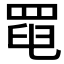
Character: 𦋍